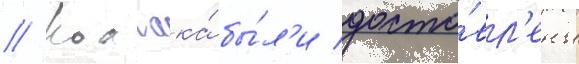
// Колчака́ бы́л'и доста́вл'ены